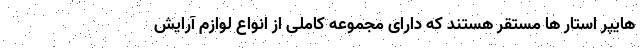
هایپر استار ها مستقر هستند که دارای مجموعه کاملی از انواع لوازم آرایش